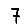
Digit: 7